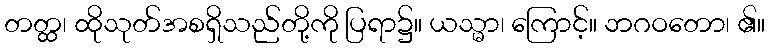
တတ္ထ၊ ထိုသုတ်အစရှိသည်တို့ကို ပြရာ၌။ ယသ္မာ၊ ကြောင့်။ ဘဂဝတော၊ ၏။